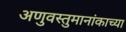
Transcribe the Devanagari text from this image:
अणुवस्तुमानांकाच्या